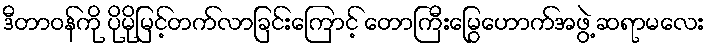
ဒီတာဝန်ကို ပိုမိုမြင့်တက်လာခြင်းကြောင့် တောကြီးမြွေဟောက်အဖွဲ့ ဆရာမလေး